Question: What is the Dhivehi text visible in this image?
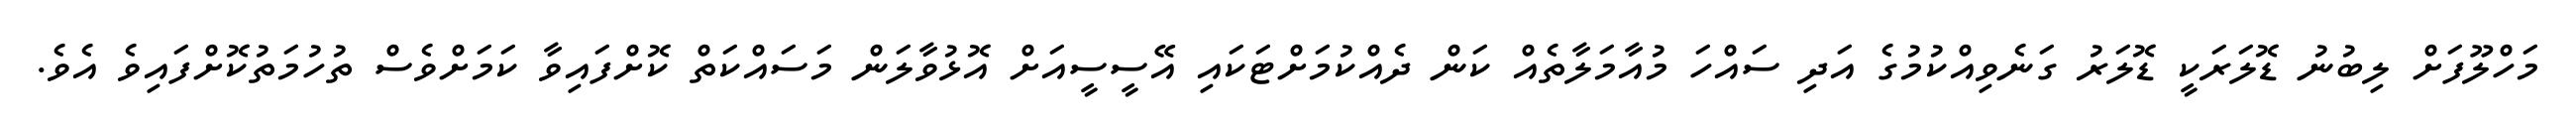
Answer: މަހްލޫފަށް ލިބުނު ޑޮލަރަކީ ޑޮލަރު ގަނެވިއްކުމުގެ އަދި ސައްހަ މުއާމަލާތެއް ކަން ދެއްކުމަށްޓަކައި އޭސީސީއަށް އޮޅުވާލަން މަސައްކަތް ކޮށްފައިވާ ކަމަށްވެސް ތުހުމަތުކޮށްފައިވެ އެވެ.